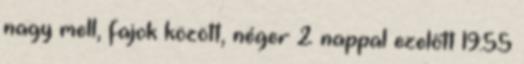
nagy mell, fajok között, néger 2 nappal ezelőtt 19:55